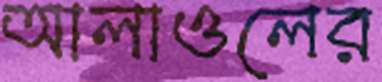
আলাওলের